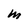
Character: M